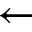
\leftarrow